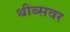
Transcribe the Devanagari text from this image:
थीब्सवर